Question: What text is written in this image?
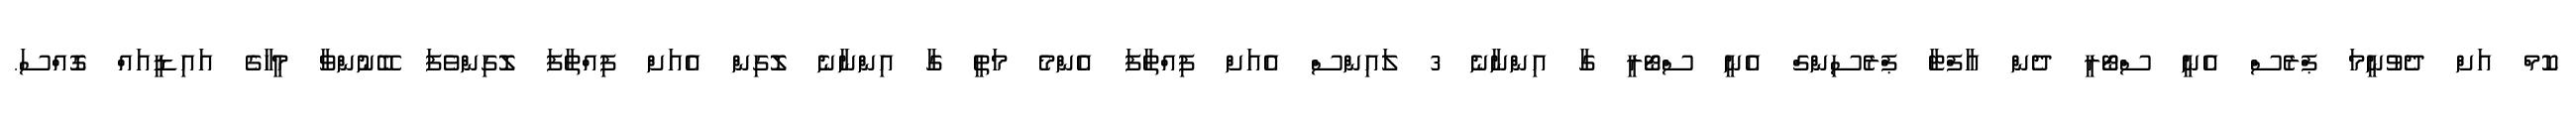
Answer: ކޮމް އަށް ދެވުނީމަ ޕްރެސް އެނީ ސްޓޯރީ ދެން އާފްޓާ ޕްރެސިންގް އެނީ ސްޓޯރީ ގާ އިންނާނެ 3 ލައިންސް އެއަށް ފިއްތާފަ އެންމެ މަތީ ގާ އިންނާނެ ލޮގިން އެއަށް ފިއްތާފަ ލޮގިންވެފަ ބޭނުންވާ މީހާގެ އައިޑީއައް ގޮއްސަ.